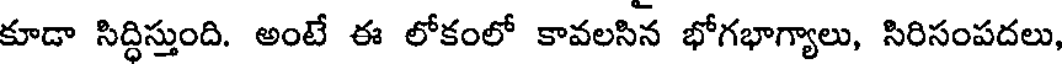
కూడా సిద్ధిస్తుంది. అంటే ఈ లోకంలో కావలసిన భోగభాగ్యాలు, సిరిసంపదలు,